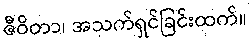
ဇီဝိတာ၊ အသက်ရှင်ခြင်းထက်။